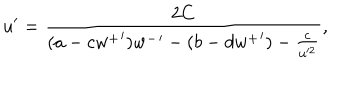
u ^ { \prime } = \frac { 2 C } { ( a - c { w ^ { + } } ^ { \prime } ) { w ^ { - } } ^ { \prime } - ( b - d { w ^ { + } } ^ { \prime } ) - \frac { c } { u ^ { 2 } } } ,